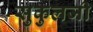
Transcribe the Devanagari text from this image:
सुकुलजी